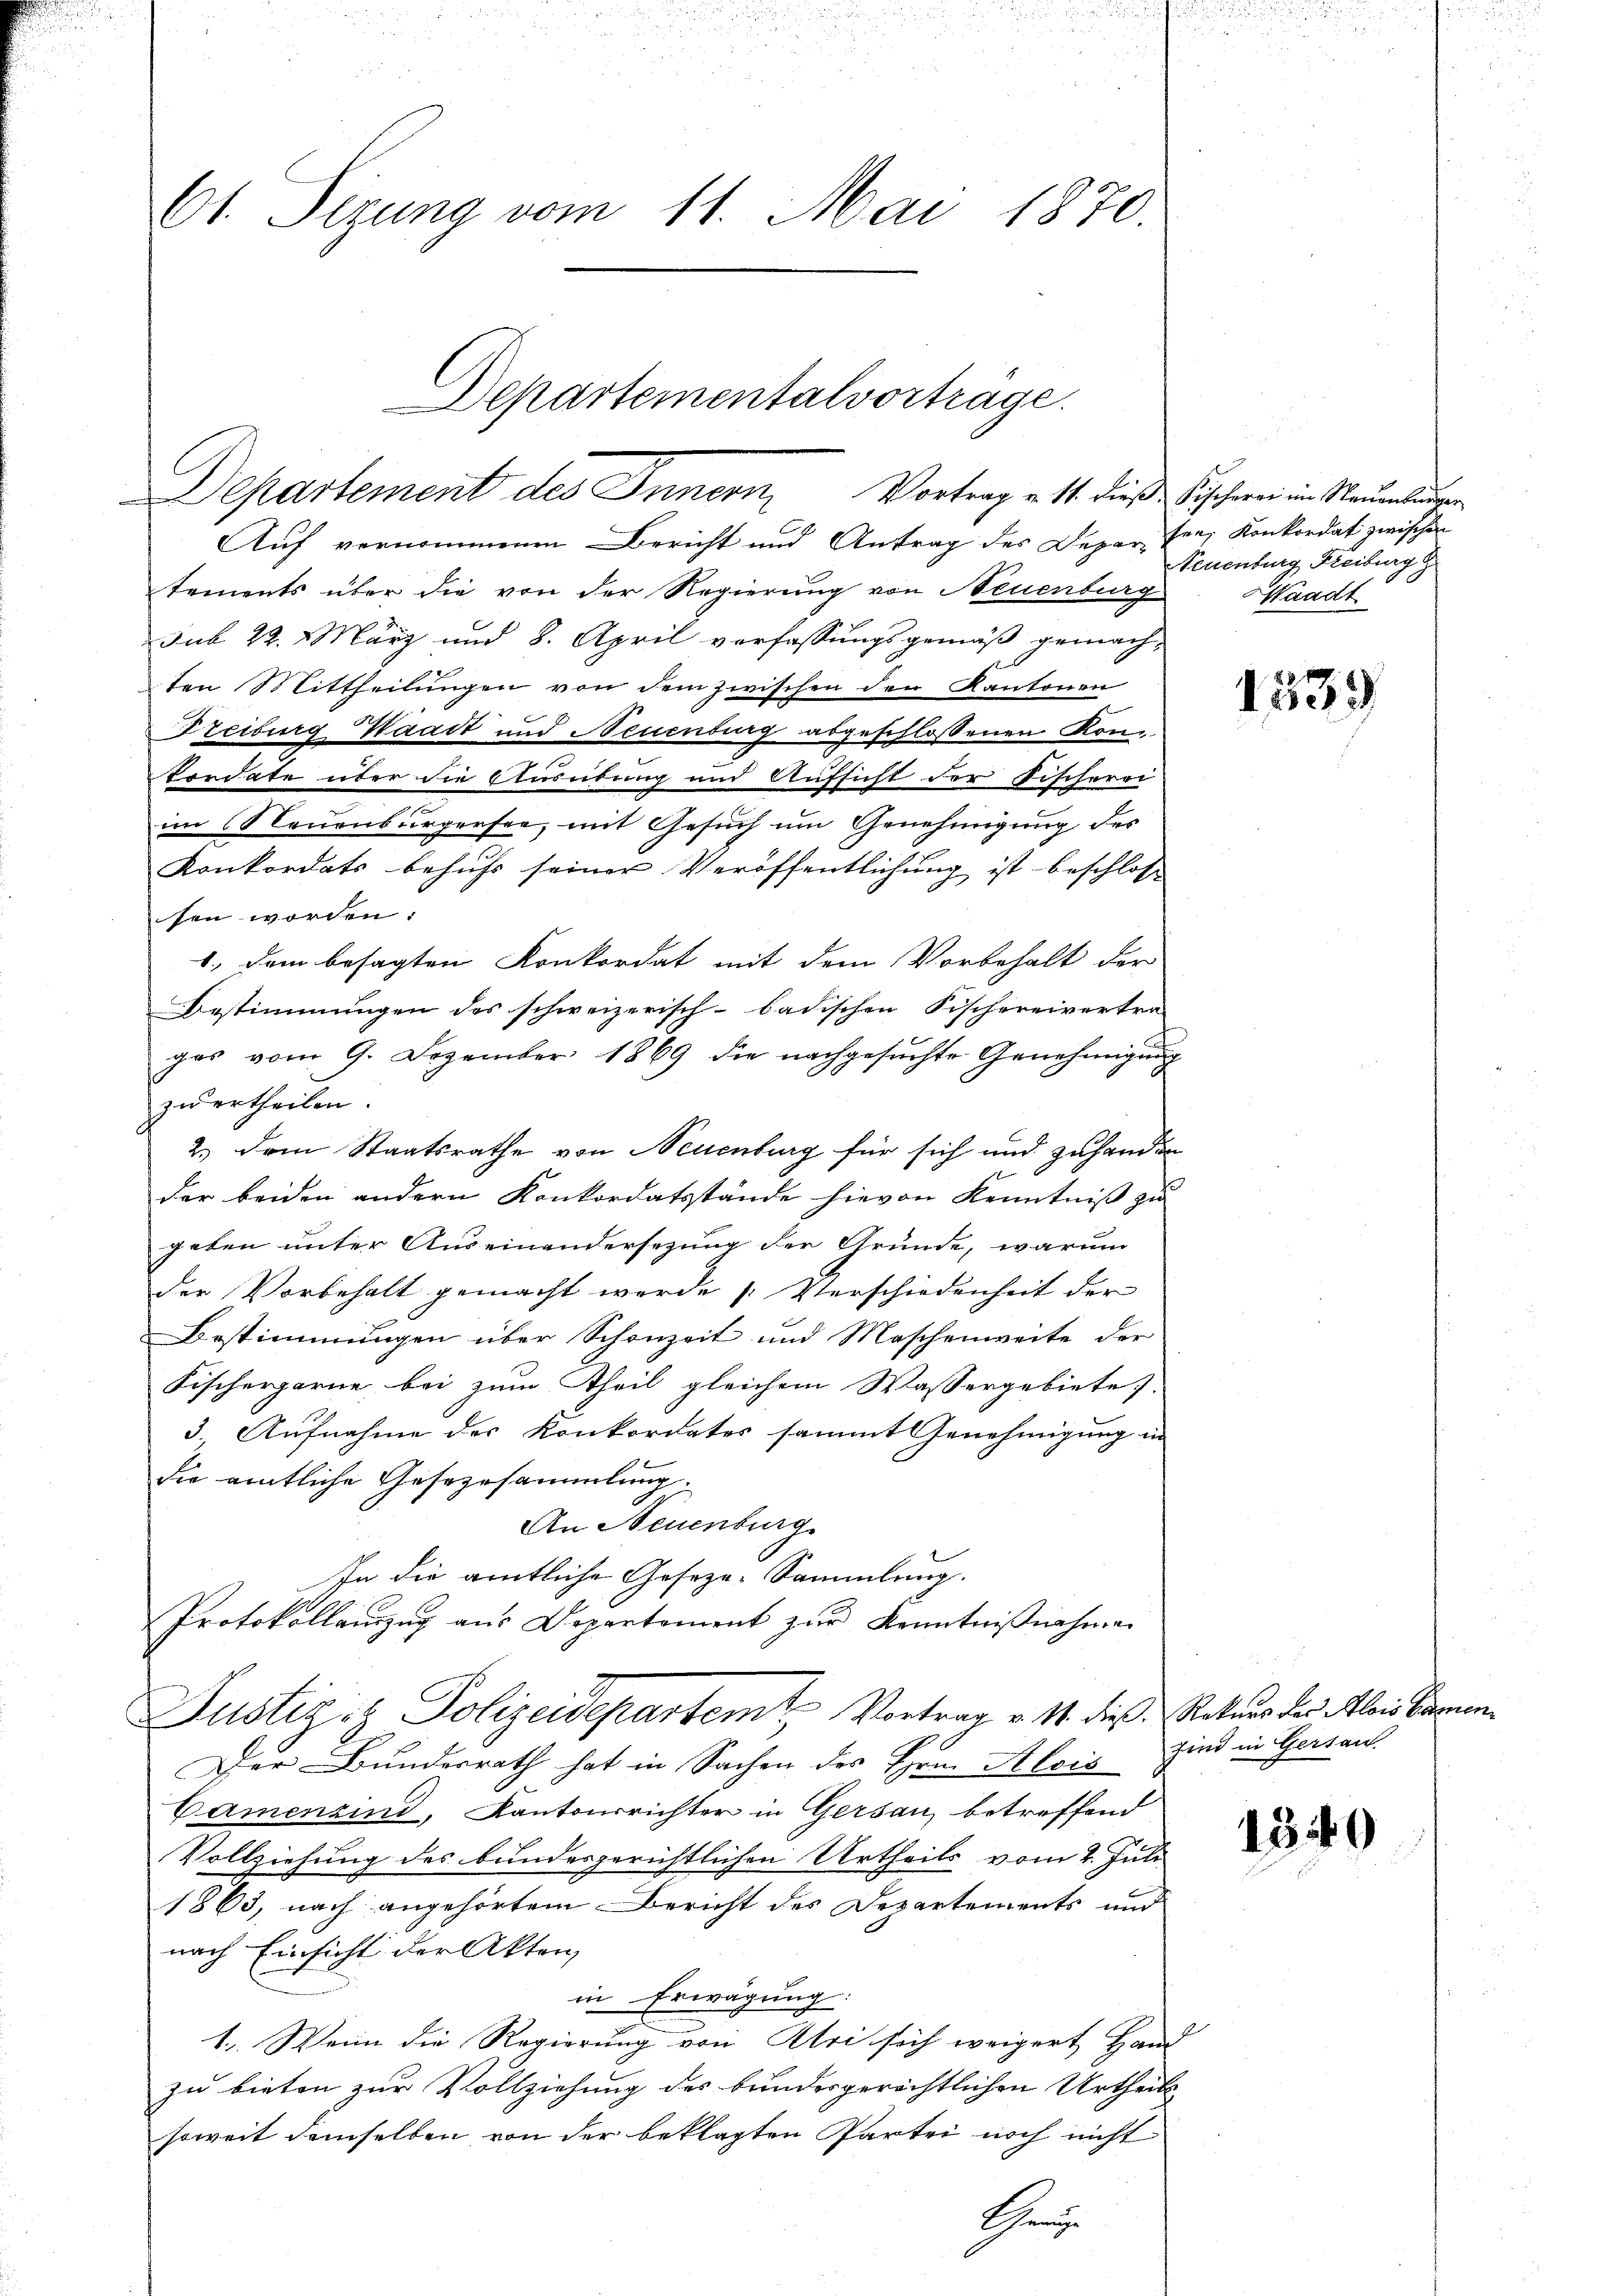
u
61. Sizung vom 11. Mai 1870.

Departement des Innern, Vortrag v. 11. dieß Fischerei im Neuenburger

Departementalvortrage.

Auf vernommenen Bericht und Antrag des Depar herr Konkordat zwischen
tements über die von der Regierung von Neuenburg
sub 22. März und 8. April verfassungsgemäß gemachten Mittheilungen von dem zwischen den Kantonen
Freiburg Waadt und Neuenburg abgeschlossenen Konkordate über die Ausübung und Aufsicht der Fischerei
im Neuenburgersee, mit Gesuch um Genehmigung des
Konkordats behufs seiner Veröffentlichung ist beschlosse
sen worden:
1., dem besagten Konkordat mit dem Vorbehalt der
Bestimmungen des schweizerisch-badischen Fischereivertra-
ges vom 9. Dezember 1869 die nachgesuchte Genehmigung
zu ertheilen.
2.) Dem Staatsrathe von Neuenburg für sich und zuhanden
der beiden andern Konkordatsstände hievon Kenntniß zu
geben unter Auseinandersezung der Gründe, warum
der Vorbehalt gemacht werde Verschiedenheit der
Bestimmungen über Schonzeit und Maschenweite der
Fischergerne bei zum Theil gleichem Wassergebiete
3 Aufnahme des Konkordates sammt Genehmigung in
die amtliche Gesezesammlung.
An Neuenburg.
In die amtliche Geseza-Sammlung.
Protokollenzug aus Departement zur Kenntnißnahmen
Justizis Polizeidepartemt Vortrag v. 1. dieß, Rekurs des Alois kamen¬
Der Bundesrath hat in Sachen des Hrn. Alois
Camenzind, Kantonsrichter in Gersau, betreffend
Vollziehung des bundesgerichtlichen Urtheils vom 2. Juli
1863, nach angehörtem Bericht des Departements und
nach Einsicht der Akten,
in Erwägung.
1. Wenn die Regierung von Atri sich weigert Hand
zu bieten zur Vollziehung des bundesgerichtlichen Urtheile
soweit demselben von der beklagten Partei noch nicht
Chen

Teuenburg Freiburg z
Waadt

1539

sind in Gertau

1349